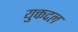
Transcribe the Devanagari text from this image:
युक्तदल